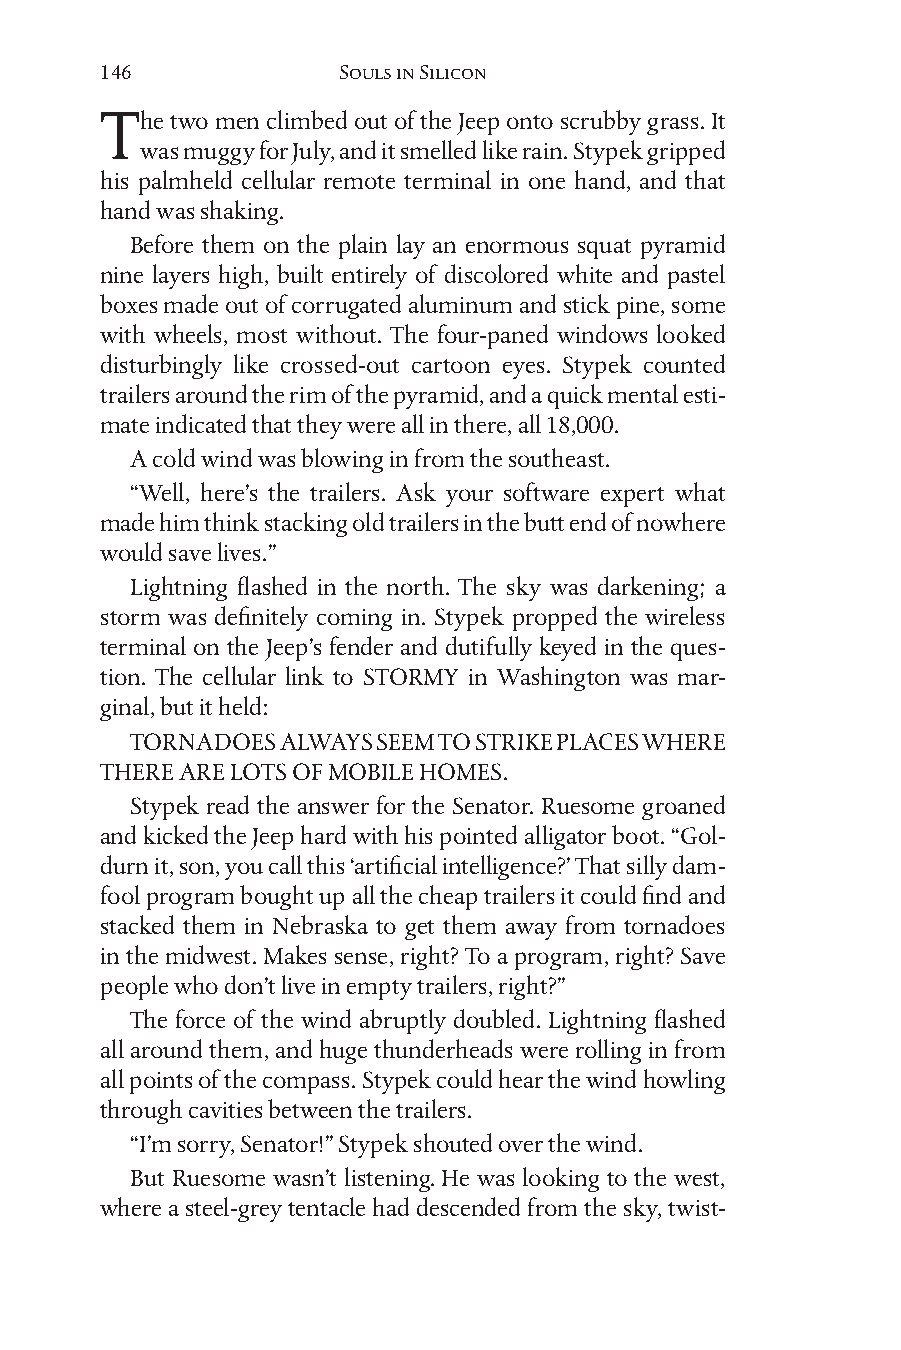
146            Souls in Silicon
 The two men climbed out of the Jeep onto scrubby grass. It
 was muggy for July, and it smelled like rain. Stypek gripped
 his palmheld cellular remote terminal in one hand, and that
 hand was shaking.
 Before them on the plain lay an enormous squat pyramid
 nine layers high, built entirely of discolored white and pastel
 boxes made out of corrugated aluminum and stick pine, some
 with wheels, most without. The four-paned windows looked
 disturbingly like crossed-out cartoon eyes. Stypek counted
 trailers around the rim of the pyramid, and a quick mental esti-
 mate indicated that they were all in there, all 18,000.
 A cold wind was blowing in from the southeast.
 “Well, here’s the trailers. Ask your software expert what
 made him think stacking old trailers in the butt end of nowhere
 would save lives.”
 Lightning flashed in the north. The sky was darkening; a
 storm was definitely coming in. Stypek propped the wireless
 terminal on the Jeep’s fender and dutifully keyed in the ques-
 tion. The cellular link to STORMY in Washington was mar-
 ginal, but it held:
 TORNADOES ALWAYS SEEM TO STRIKE PLACES WHERE
 THERE ARE LOTS OF MOBILE HOMES.
 Stypek read the answer for the Senator. Ruesome groaned
 and kicked the Jeep hard with his pointed alligator boot. “Gol-
 durn it, son, you call this ‘artificial intelligence?’ That silly dam-
 fool program bought up all the cheap trailers it could find and
 stacked them in Nebraska to get them away from tornadoes
 in the midwest. Makes sense, right? To a program, right? Save
 people who don’t live in empty trailers, right?”
 The force of the wind abruptly doubled. Lightning flashed
 all around them, and huge thunderheads were rolling in from
 all points of the compass. Stypek could hear the wind howling
 through cavities between the trailers.
 “I’m sorry, Senator!” Stypek shouted over the wind.
 But Ruesome wasn’t listening. He was looking to the west,
 where a steel-grey tentacle had descended from the sky, twist-